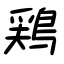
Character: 鶏